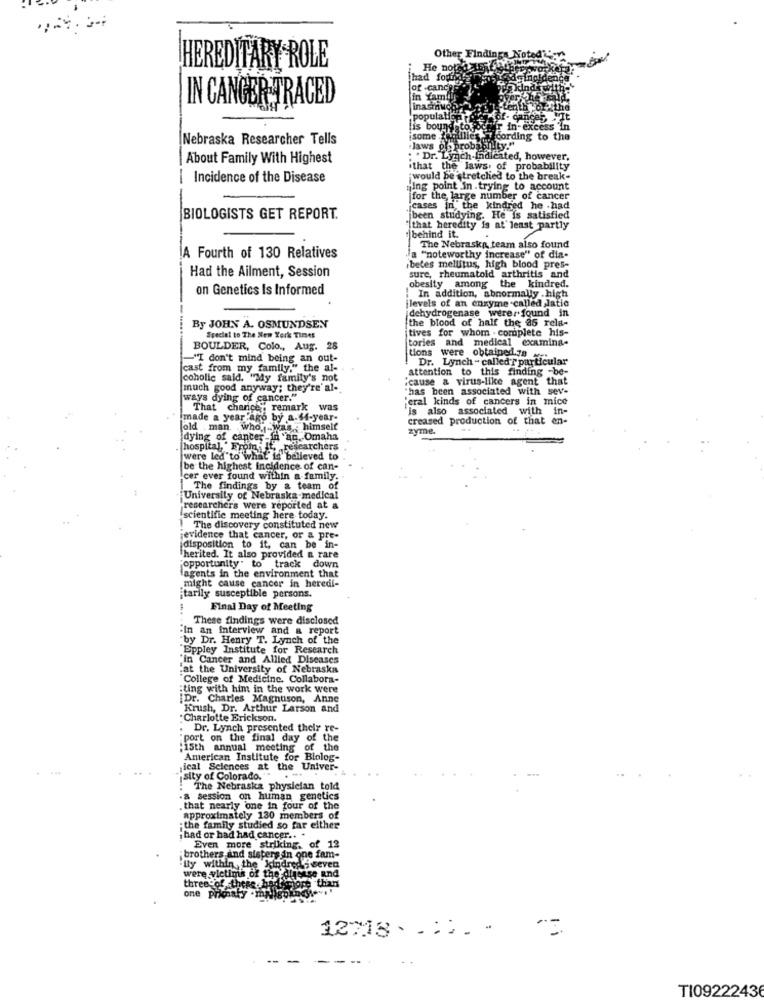
Other Findings N
HEREDITARY ROLE
He not
had fortiy
of -cancer
in family
IN CANGER-TRACED
inasmuo
populatie
of- cancer, WIt
lis bound
hir in-excess in
Nebraska Researcher Tells
jsome
Acording to the
Jaws
proba
Snilty."
About Family With Highest
. Dr. Lynch-fn
idicated, however.
ithat the laws. of probability
Incidence of the Disease
would be stretched to the break-
ging point In .trying to account
for the, large number of cancer
icases inthe kindred he had
BIOLOGISTS GET REPORT.
jbeen studying. He is satisfied
"[that heredity is at least partly
:|behind it.
The Nebraska, team also found
A Fourth of 130 Relatives
"a "noteworthy increase" of dia-
ibetes mellitus, high blood pres-
Had the Ailment, Session
sure, rheumatoid arthritis and
on Genetics Is Informed
obesity among the kindred.
jlevels of an enzyme-called Jatic
In addition, abnormally .high
dehydrogenase werer found in
the blood of half the 35 rela-
By JOHN A. OSMUNDSEN
tives for whom - complete his-
Special to The New York Times
tories and medical examina-
BOULDER, Colo ., Aug. 28
tions were obtained.78 -
-"I don't mind being an out-
Dr. Lynch - calledT particular
cast from my family," the al-
attention to this finding -be-
coholic said. "My family's not
cause & virus-like agent that
much good anyway; they're al-
"has been associated with sev-
ways dying of cancer."
"cral kinds of cancers in mice
That chance, remark was
is also associated with in-
imade a year ago by a.$4-year-
creased production of that en-
old , man who was : himself
zyme.
dying of cancer n'ag.
hospital, " From It,
were led to what is believed to
be the highest incidence of can-
cer ever found within a family.
The findings by a team
University of Nebraska medical
researchers were reported at &
scientific meeting here today.
The discovery constituted new
evidence that cancer, or a pre-
disposition to it, can be in-
herited. It also provided a rare
opportunity" to track down
agents in the environment that
might cause cancer in heredi-
tarily susceptible persons.
Final Day of Meeting
These findings were disclosed
"In an interview and a report
"by Dr. Henry T. Lynch of the
Eppley Institute for Research
"in Cancer and Allled Diseases
"at the University of Nebraska
"College of Medicine. Collabora-
:ting with him in the work were
Dr. Charles Magnusson, Anne
Krush, Dr. Arthur Larson and
Charlotte Erickson.
Dr. Lynch presented their re-
port on the final day of the
:15th annual meeting of the
American Institute for Biolog-
ical Sciences at the Univer-
"sity of Colorado."
The Nebraska physician told
.a session on human genetics
.that nearly one in four of the
approximately 130 members of
: the family studied so far either
bad or had had cancer ..
Even more striking. of 12
;brothers and sisters in one fam-
lly within,the kindreply seven
were victims of the dinense und
three of these had more than
one primary . maigo
12718. .... .
TI09222436